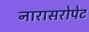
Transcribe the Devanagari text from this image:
नारासरोपेट